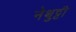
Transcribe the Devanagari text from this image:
नेथुट्टी